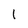
Character: 1